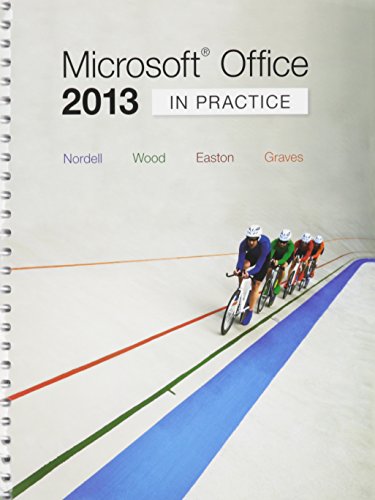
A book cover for Microsoft Â® Office 2013: In Practice with SIMnet Access Card; Randy Nordell; Computers & Technology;